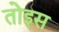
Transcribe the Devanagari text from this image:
तोइस